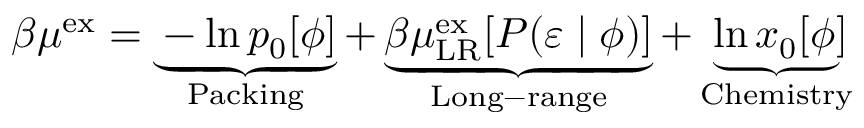
\begin{array} { r } { \beta \mu ^ { \mathrm { { e x } } } = \underbrace { - \ln p _ { 0 } [ \phi ] } _ { \mathrm { P a c k i n g } } + \underbrace { \beta \mu _ { \mathrm { { L R } } } ^ { \mathrm { e x } } [ P ( \varepsilon \; | \; \phi ) ] } _ { \mathrm { L o n g - r a n g e } } + \underbrace { \ln x _ { 0 } [ \phi ] } _ { \mathrm { C h e m i s t r y } } } \end{array}